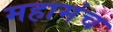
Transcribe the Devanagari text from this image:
महामंच